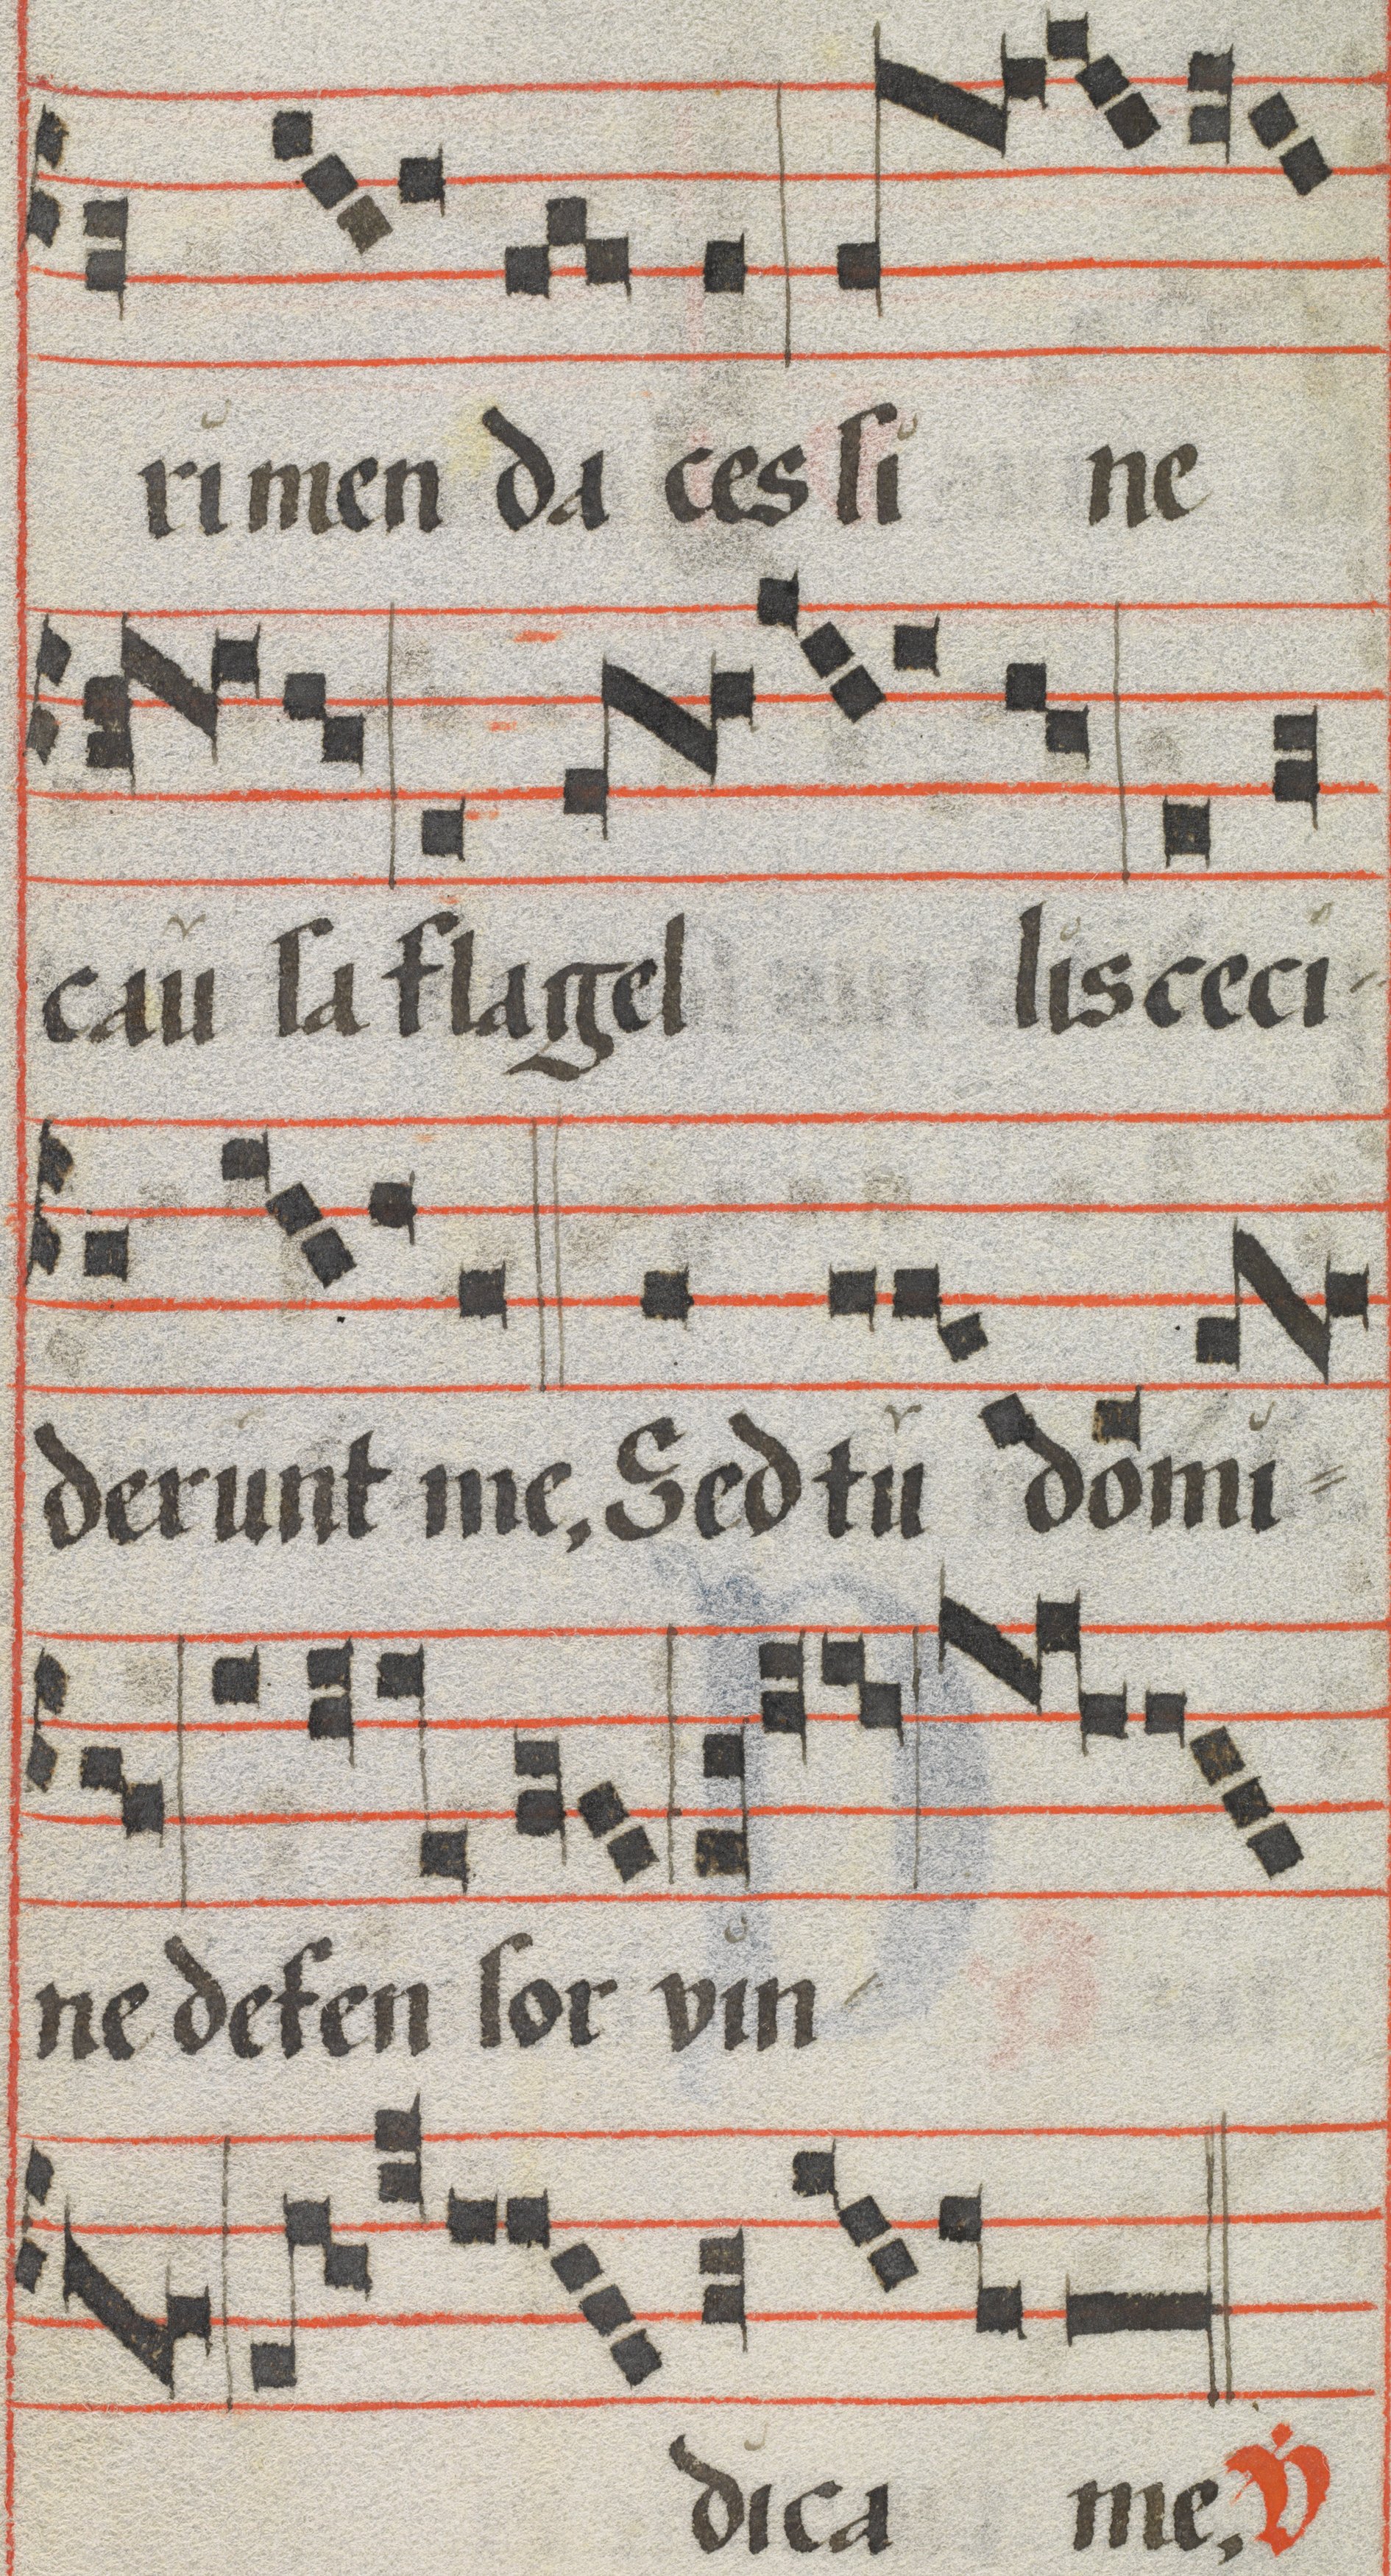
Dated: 1425–1449